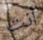
أنت